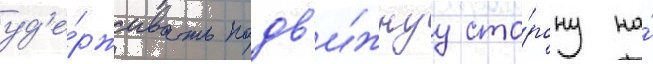
уд'е́рживать подв'и́жнуу сто́рону на́